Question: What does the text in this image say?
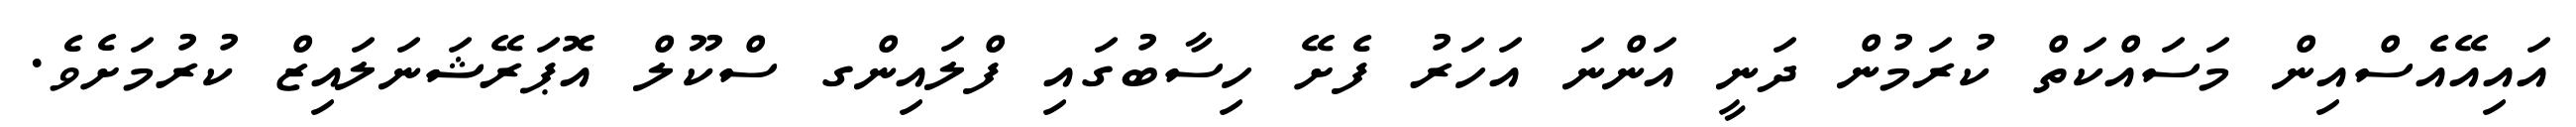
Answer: އައިއޭއެސްއިން މަސައްކަތް ކުރަމުން ދަނީ އަންނަ އަހަރު ފެށޭ ހިސާބުގައި ފްލައިންގ ސްކޫލް އޮޕަރޭޝަނަލައިޒް ކުރުމަށެވެ.